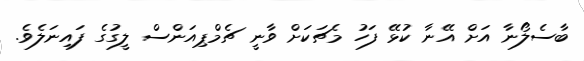
ބާސެލޯނާ އަށް އޭނާ ކުޅޭ ފަހު މެޗަކަށް ވާނީ ޗެމްޕިއަންސް ލީގުގެ ފައިނަލެވެ.